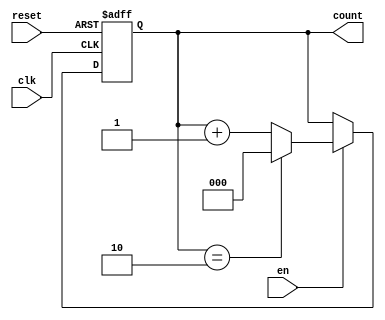
module BinaryCounter #(parameter x = 3 , parameter n = 3)
(input clk, reset, output [x-1:0]count, input en);
reg [x-1:0] count;
always @(posedge clk, posedge reset) begin
 if (reset == 1)
 count <= 0; // non-blocking assignment
 // initialize flip flop here
 else
 begin
     if(en == 1)
         begin
         if(count == n-1)
             count <= 0;
         else
             count <= count + 1; // non-blocking assignment
         end
    end
end
endmodule